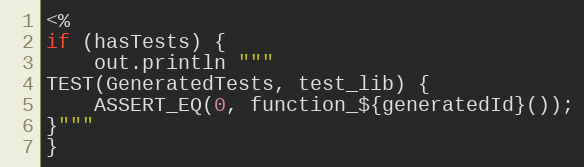
Language: C++
<%
if (hasTests) {
    out.println """
TEST(GeneratedTests, test_lib) {
    ASSERT_EQ(0, function_${generatedId}());
}"""
}